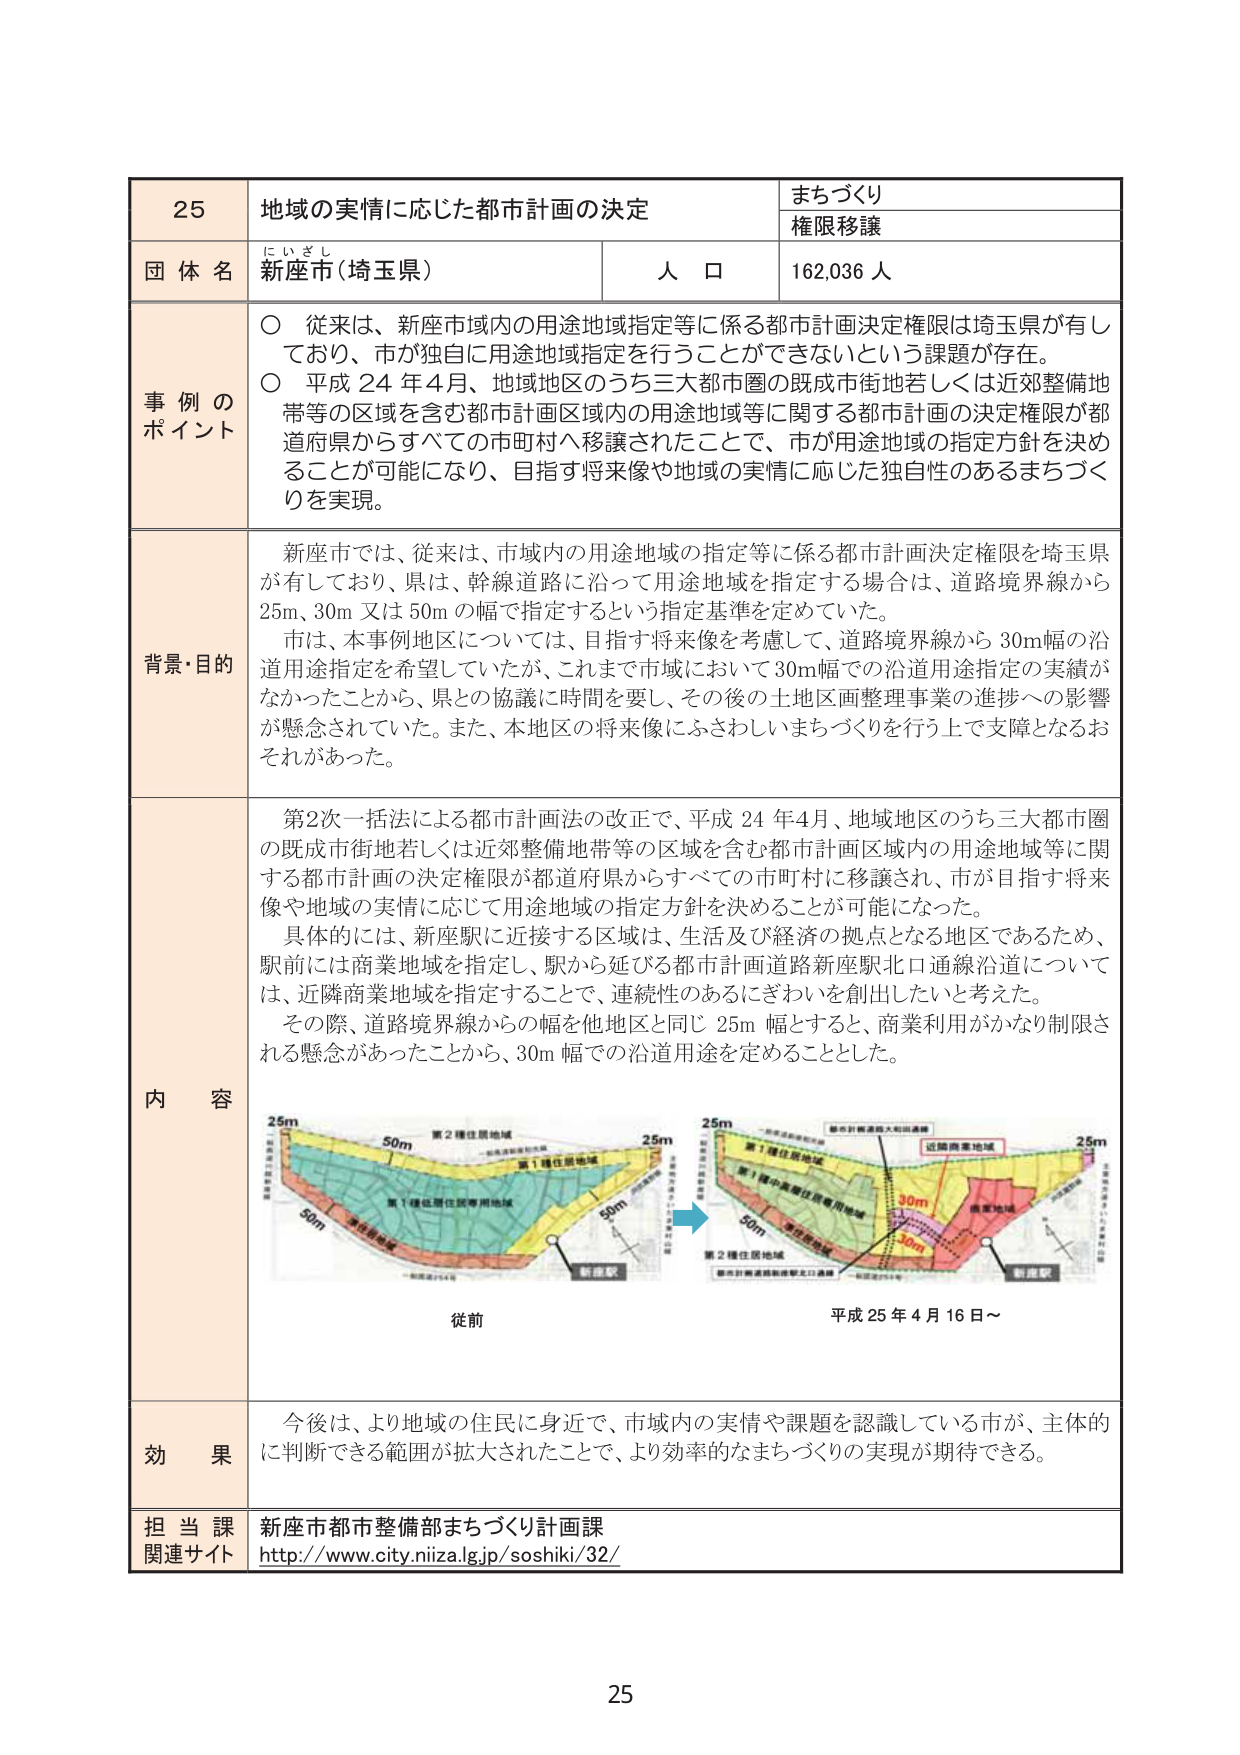
25 地域の実情に応じた都市計画の決定 まちづくり 権限移譲 団体名 新座市（埼玉県） 人口 162,036人 事例のポイント ○ 従来は、新座市域内の用途地域指定等に係る都市計画決定権限は埼玉県が有しており、市が独自に用途地域指定を行うことができないという課題が存在。 ○ 平成24年4月、地域地区のうち三大都市圏の既成市街地若しくは近郊整備地帯等の区域を含む都市計画区域内の用途地域等に関する都市計画の決定権限が都道府県からすべての市町村へ移譲されたことで、市が用途地域の指定方針を決めることが可能になり、目指す将来像や地域の実情に応じた独自性のあるまちづくりを実現。 背景・目的 新座市では、従来は、市域内の用途地域の指定等に係る都市計画決定権限を埼玉県が有しており、県は、幹線道路に沿って用途地域を指定する場合は、道路境界線から25m、30m又は50mの幅で指定するという指定基準を定めていた。 市は、本事例地区については、目指す将来像を考慮して、道路境界線から30m幅の沿道用途指定を希望していたが、これまで市域において30m幅での沿道用途指定の実績がなかったことから、県との協議に時間を要し、その後の土地区画整理事業の進捗への影響が懸念されていた。また、本地区の将来像にふさわしいまちづくりを行う上で支障となるおそれがあった。 内容 第2次一括法による都市計画法の改正で、平成24年4月、地域地区のうち三大都市圏の既成市街地若しくは近郊整備地帯等の区域を含む都市計画区域内の用途地域等に関する都市計画の決定権限が都道府県からすべての市町村に移譲され、市が目指す将来像や地域の実情に応じて用途地域の指定方針を決めることができるようになった。 具体的には、新座駅に近接する区域は、生活及び経済の拠点となる地区であるため、駅前には商業地域を指定し、駅から延びる都市計画道路新座駅北口通線沿道については、近隣商業地域を指定することで、連続性のあるにぎわいを創出したいと考えた。 その際、道路境界線からの幅を他地区と同じ25m幅とすると、商業利用がかなり制限される懸念があったことから、30m幅での沿道用途を定めることとした。 25m 50m 第2種住居地域 第1種住居地域 第1種住居住居専用地域 50m 50m 新座駅 従前 25m 25m 第2種住居地域 第1種中高層住居専用地域 第1種住居地域 商業地域 近隣商業地域 30m 30m 新座駅 都市計画道路新座駅北口通線 都市計画道路大和田通線 平成25年4月16日～ 効果 今後は、より地域の住民に身近で、市域内の実情や課題を認識している市が、主体的に判断できる範囲が拡大されたことで、より効率的なまちづくりの実現が期待できる。 担当課 新座市都市整備部まちづくり計画課 関連サイト http://www.city.niza.lg.jp/soshiki/32/ 25